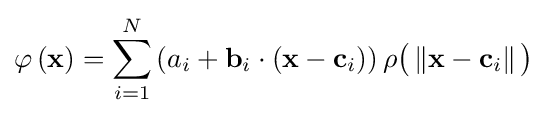
\varphi \left(\mathbf {x} \right)=\sum _{i=1}^{N}\left(a_{i}+\mathbf {b} _{i}\cdot \left(\mathbf {x} -\mathbf {c} _{i}\right)\right)\rho {\big (}\left\Vert \mathbf {x} -\mathbf {c} _{i}\right\Vert {\big )}